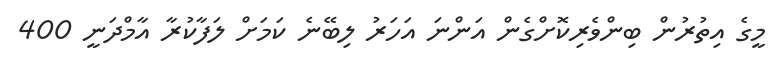
މީގެ އިތުރުން ބިންވެރިކޮށްގެން އަންނަ އަހަރު ލިބޭނެ ކަމަށް ލަފާކުރާ އާމްދަނީ 400